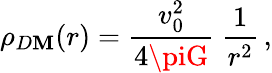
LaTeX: \rho_{D\mathbf{M}}(r)=\frac{{v_{0}^{2}}}{{4\piG}}~\frac{{1}}{{r^{2}}}\, ,